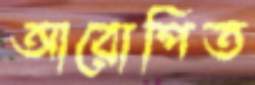
আরোপিত